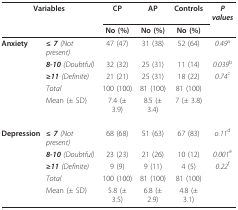
<table><thead><tr><td colspan="2"><b>Variables</b></td><td><b>CP</b></td><td><b>AP</b></td><td><b>Controls</b></td><td><b><i>P values</i></b></td></tr><tr><td colspan="2"></td><td><b>No (%)</b></td><td><b>No (%)</b></td><td><b>No (%)</b></td><td></td></tr></thead><tbody><tr><td><b>Anxiety</b></td><td><b><i>≤ 7 </i></b><i>(Not present)</i></td><td>47 (47)</td><td>31 (38)</td><td>52 (64)</td><td><i>0.49</i><sup>a</sup></td></tr><tr><td></td><td><b><i>8-10 </i></b><i>(Doubtful)</i></td><td>32 (32)</td><td>25 (31)</td><td>11 (14)</td><td><i>0.039</i><sup>b</sup></td></tr><tr><td></td><td><b><i>≥11 </i></b><i>(Definite)</i></td><td>21 (21)</td><td>25 (31)</td><td>18 (22)</td><td><i>0.74</i><sup>c</sup></td></tr><tr><td></td><td><i>Total</i></td><td>100 (100)</td><td>81 (100)</td><td>81 (100)</td><td></td></tr><tr><td></td><td>Mean (± SD)</td><td>7.4 (± 3.9)</td><td>8.5 (± 3.4)</td><td>7 (± 3.8)</td><td></td></tr><tr><td><b>Depression</b></td><td><b><i>≤ 7 </i></b><i>(Not present)</i></td><td>68 (68)</td><td>51 (63)</td><td>67 (83)</td><td><i>o.11</i><sup>d</sup></td></tr><tr><td></td><td><b><i>8-10 </i></b><i>(Doubtful)</i></td><td>23 (23)</td><td>21 (26)</td><td>10 (12)</td><td><i>0.001</i><sup>e</sup></td></tr><tr><td></td><td><b><i>≥11 </i></b><i>(Definite)</i></td><td>9 (9)</td><td>9 (11)</td><td>4 (5)</td><td><i>0.22</i><sup>f</sup></td></tr><tr><td></td><td><i>Total</i></td><td>100 (100)</td><td>81 (100)</td><td>81 (100)</td><td></td></tr><tr><td></td><td>Mean (± SD)</td><td>5.8 (± 3.5)</td><td>6.8 (± 2.9)</td><td>4.8 (± 3.1)</td><td></td></tr></tbody></table>